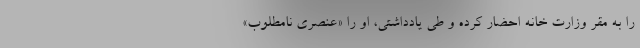
را به مقر وزارت خانه احضار کرده و طی یادداشتی، او را «عنصری نامطلوب»